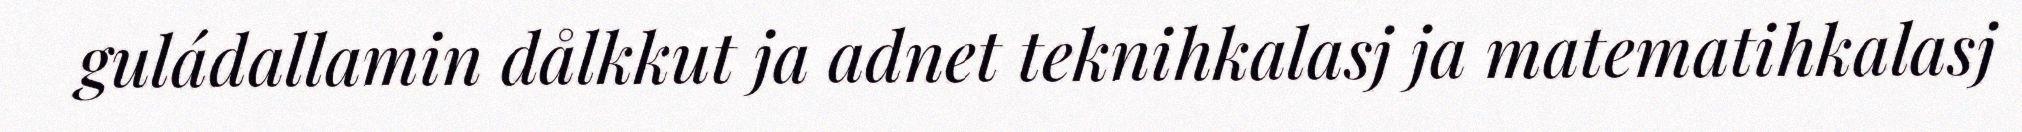
guládallamin dålkkut ja adnet teknihkalasj ja matematihkalasj